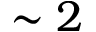
\sim 2